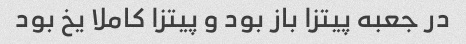
در جعبه پیتزا باز بود و پیتزا کاملا یخ بود